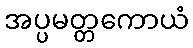
အပ္ပမတ္တကောယံ